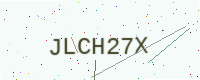
Text: JLCH27X